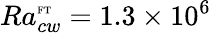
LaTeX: Ra_{cw}^{\mathrm{\tiny{FT}}}=1.3\times 10^{6}